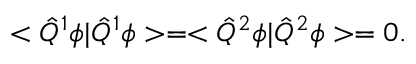
< \hat { Q } ^ { 1 } \phi | \hat { Q } ^ { 1 } \phi > = < \hat { Q } ^ { 2 } \phi | \hat { Q } ^ { 2 } \phi > = 0 .